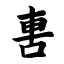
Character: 軎